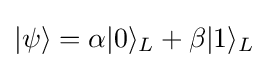
|\psi \rangle =\alpha |0\rangle _{L}+\beta |1\rangle _{L}